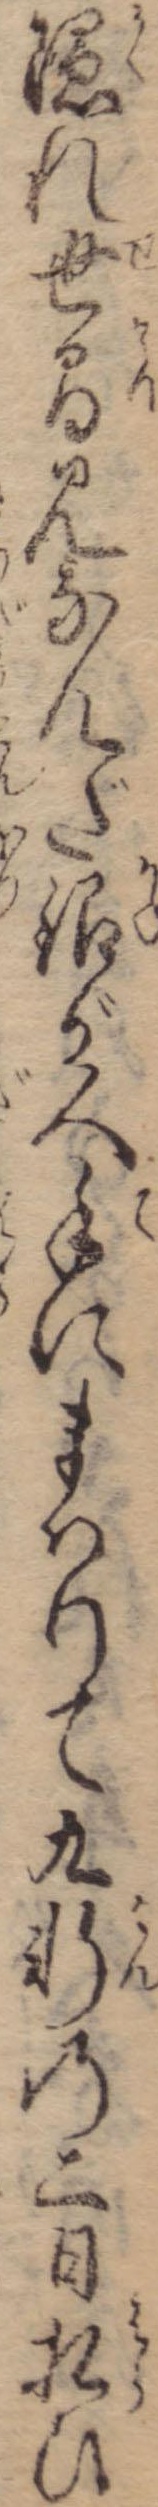
隠れ世間見なんだ銀が人手にまはりて九軒の二日払ひ